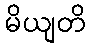
မိယျတိ